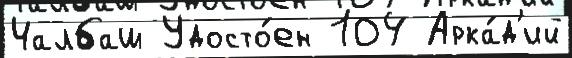
Чалбаш Удосто́ен 104 Арка́д'ий